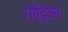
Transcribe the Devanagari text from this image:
गोड्विन